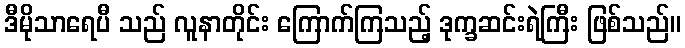
ဒီမိုသာရေပီ သည် လူနာတိုင်း ကြောက်ကြသည့် ဒုက္ခဆင်းရဲကြီး ဖြစ်သည်။